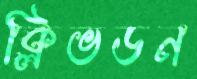
ক্লিভডন